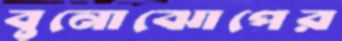
বুনোঝোপের